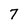
Character: 7